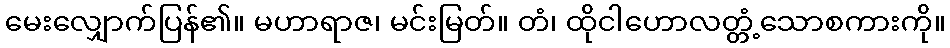
မေးလျှောက်ပြန်၏။ မဟာရာဇ၊ မင်းမြတ်။ တံ၊ ထိုငါဟောလတ္တံ့သောစကားကို။